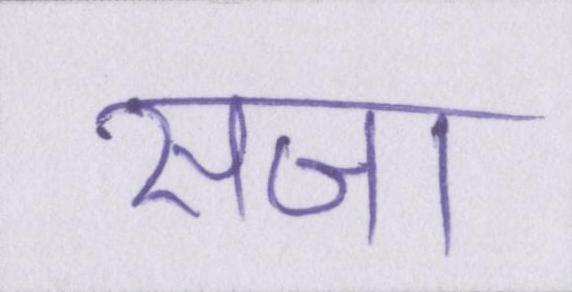
सजा